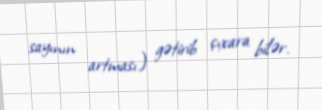
sayının artması) gətirib çıxara bilər.